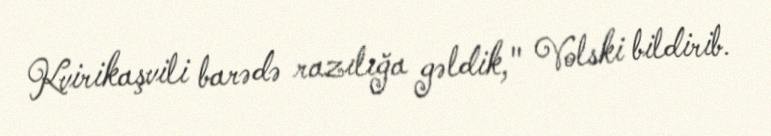
Kvirikaşvili barədə razılığa gəldik," Volski bildirib.